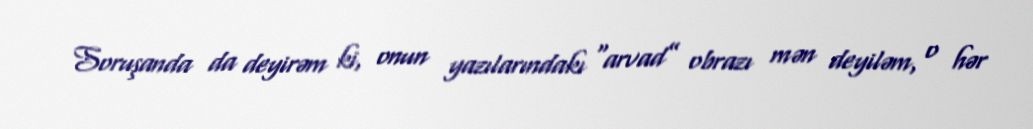
Soruşanda da deyirəm ki, onun yazılarındakı “arvad” obrazı mən deyiləm, o hər